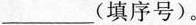
___(填序号)。